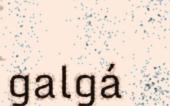
galgá